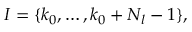
{ I } = \{ k _ { 0 } , \ldots , k _ { 0 } + N _ { l } - 1 \} ,